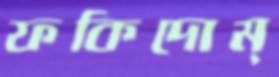
ফকিদোম্